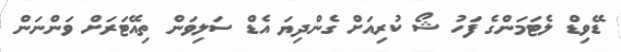
ޑޭވިޑް ލެޓަމަންގެ ފަހު ޝޯ ކުރިއަށް ގެންދިޔަ އެޑް ސަލިވަން ތިއޭޓަރަށް ވަންނަން